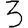
Digit: 3